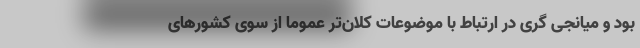
بود و میانجی گری در ارتباط با موضوعات کلان‌تر عموما از سوی کشور‌های